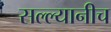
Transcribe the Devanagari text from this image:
सल्ल्यानीच